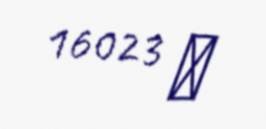
16023 ₼